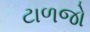
ટાળજો